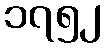
၁၇၅၂